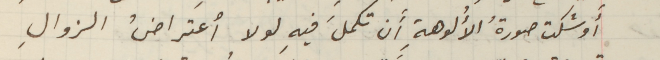
أَوشكت صورةُ الأُلوهةِ أن تكملَ فيهِ لولا أعتراضُ الزوالِ